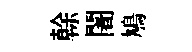
𠏉闍鳩